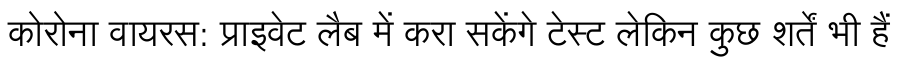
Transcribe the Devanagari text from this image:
कोरोना वायरस: प्राइवेट लैब में करा सकेंगे टेस्ट लेकिन कुछ शर्तें भी हैं